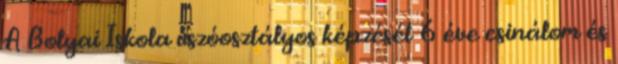
A Bolyai Iskola úszóosztályos képzését 6 éve csinálom és